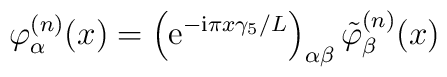
\varphi_{\alpha}^{(n)}(x) = \left({\rm e}^{-{\rm i} \pi x \gamma_5/L}\right)_{\alpha \beta}\tilde{\varphi}^{(n)}_{\beta}(x)